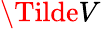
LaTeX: \Tilde{V}